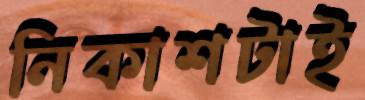
নিকাশটাই